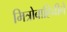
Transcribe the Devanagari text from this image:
मित्रोबाहिनीने